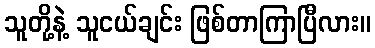
သူတို့နဲ့ သူငယ်ချင်း ဖြစ်တာကြာပြီလား။